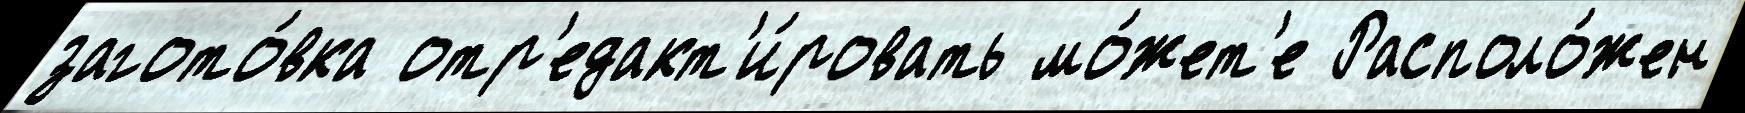
загото́вка отр'едакт'и́ровать мо́жет'е Располо́жен